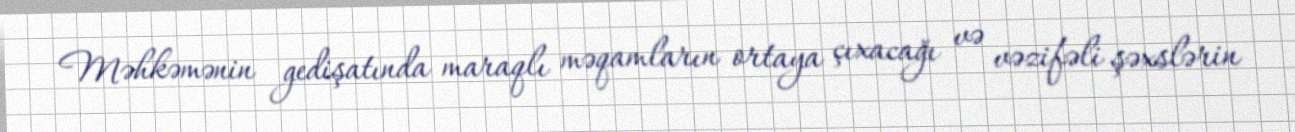
Məhkəmənin gedişatında maraqlı məqamların ortaya çıxacağı və vəzifəli şəxslərin